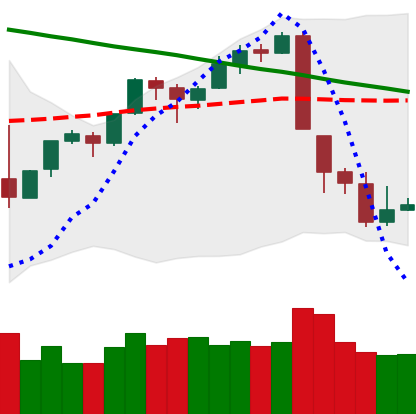
Ticker: BTC-USD
Chart end date: 2018-09-10
Forward return: 3.373%
Label: up_3_5